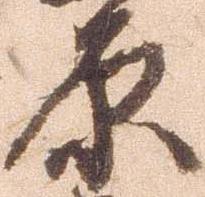
原